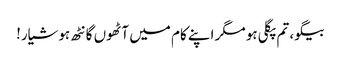
بیگو، تم پگلی ہو مگر اپنے کام میں آٹھوں گانٹھ ہوشیار!